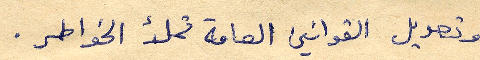
وتعديل القوانين العامة تملأ الخواطر.